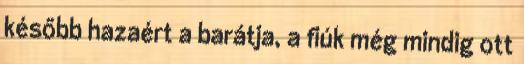
később hazaért a barátja, a fiúk még mindig ott